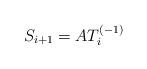
LaTeX: \begin{align*}S_{i+1} = A T_i^{(-1)}\end{align*}